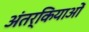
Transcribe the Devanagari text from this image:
अंतर्कियाओं